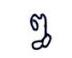
ឰ